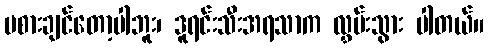
မစားချင်တော့ပါဘူး၊ ဒူရင်းသီးအရသာက လွှမ်းသွား ပါတယ်။